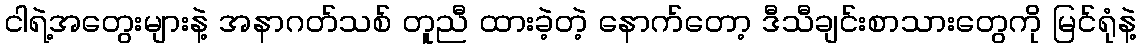
ငါရဲ့အတွေးများနဲ့ အနာဂတ်သစ် တူညီ ထားခဲ့တဲ့ နောက်တော့ ဒီသီချင်းစာသားတွေကို မြင်ရုံနဲ့